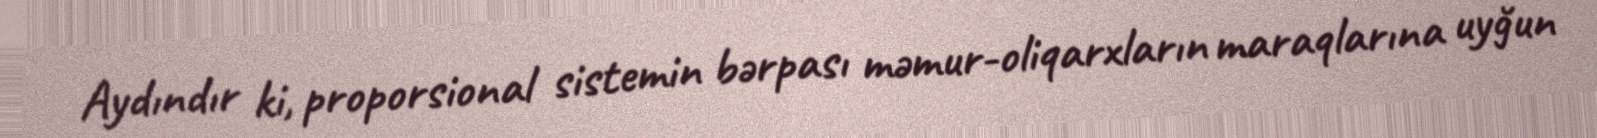
Aydındır ki, proporsional sistemin bərpası məmur-oliqarxların maraqlarına uyğun